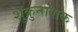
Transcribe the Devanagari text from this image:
शुक्रुनाशक